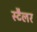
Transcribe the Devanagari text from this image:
स्टैलर